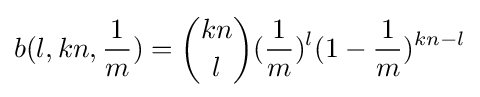
b(l,kn,{\frac {1}{m}})={kn \choose l}({\frac {1}{m}})^{l}(1-{\frac {1}{m}})^{kn-l}